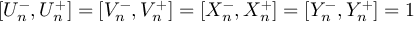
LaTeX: \left[ U _ { n } ^ { - } , U _ { n } ^ { + } \right] = \left[ V _ { n } ^ { - } , V _ { n } ^ { + } \right] = \left[ X _ { n } ^ { - } , X _ { n } ^ { + } \right] = \left[ Y _ { n } ^ { - } , Y _ { n } ^ { + } \right] = 1